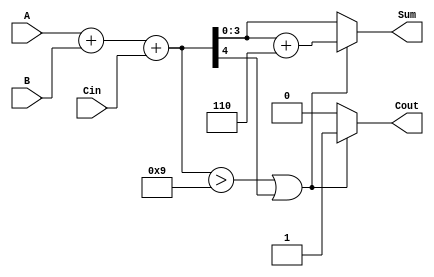
module BCD_Conditional_Adder (
    input  wire [3:0] A,      // First BCD digit (0-9)
    input  wire [3:0] B,      // Second BCD digit (0-9)
    input  wire Cin,          // Carry-in
    output reg  [3:0] Sum,    // BCD sum output
    output reg  Cout          // Carry-out
);

    wire [4:0] Temp_Sum;      // 5-bit temporary sum to accommodate carry
    wire correction_needed;     // Flag for correction

    // Step 1: Perform binary addition
    assign Temp_Sum = A + B + Cin;

    // Step 2: Determine if correction is needed
    assign correction_needed = (Temp_Sum > 9) || (Temp_Sum[4]);

    // Step 3: Calculate the final BCD sum and carry-out
    always @(*) begin
        if (correction_needed) begin
            Sum = Temp_Sum[3:0] + 4'b0110; // Add 6 for correction
            Cout = 1;                       // Set carry-out
        end else begin
            Sum = Temp_Sum[3:0];            // No correction needed
            Cout = 0;                       // No carry-out
        end
    end

endmodule